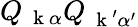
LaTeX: Q_{\mathrm{~\mathbf~k~}\alpha}Q_{\mathrm{~\mathbf~k~}^{\prime}\alpha^{\prime}}